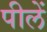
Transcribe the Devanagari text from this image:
पीलें